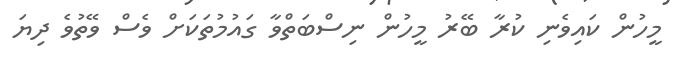
މީހުން ކައިވެނި ކުރާ ބޭރު މީހުން ނިސްބަތްވާ ގައުމުތަކަށް ވެސް ވޭތުވެ ދިޔަ